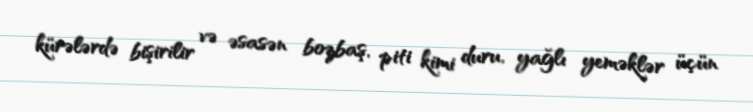
kürələrdə bişirilir və əsasən bozbaş, piti kimi duru, yağlı yeməklər üçün